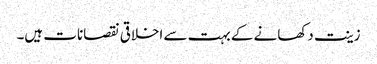
زینت دکھانے کے بہت سے اخلاقی نقصانات ہیں۔